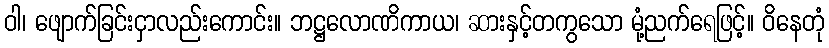
ဝါ၊ ဖျောက်ခြင်းငှာလည်းကောင်း။ ဘဋ္ဌလောဏိကာယ၊ ဆားနှင့်တကွသော မုံ့ညက်ရေဖြင့်။ ဝိနေတုံ